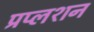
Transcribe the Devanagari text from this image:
प्रप्लशन